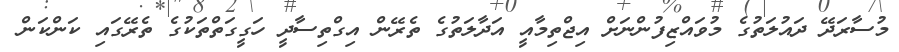
މުސާރަދޭ ދައުލަތުގެ މުވައްޒިފުންނަށް އިޖްތިމާއީ އަދާލަތުގެ ތެރޭން އިގްތިސާދީ ހަގީގަތްތަކުގެ ތެރޭގައި ކަންކަން